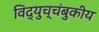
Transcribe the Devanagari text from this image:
विद्युच्चंबुकीय